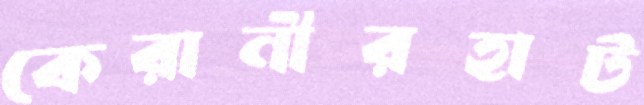
কেরানীরহাট